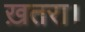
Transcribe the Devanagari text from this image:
ख़तरा।